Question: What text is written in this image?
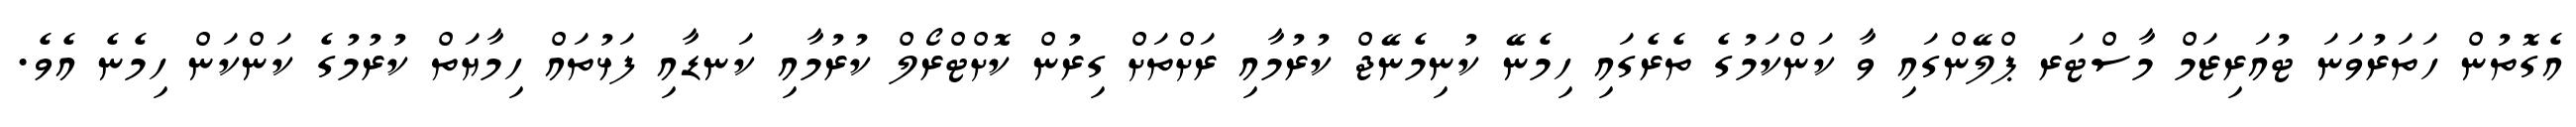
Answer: އެގޮތުން ހަތަރުވަނަ ޓުއަރިޒަމް މާސްޓަރ ޕްލޭންގައި ވާ ކަންކަމުގެ ތެރެގައި ހިމެނޭ ކުނިމެނޭޖް ކުރުމާއި ރަށްތަށް ގިރުން ކޮށްޓްރޯލް ކުރުމާއި ކަނޑާއި ފަޅުތައް ހިމާޔަތް ކުރުމުގެ ކަންކަން ހިމެނެ އެވެ.